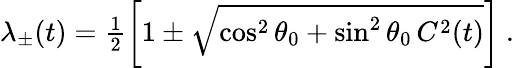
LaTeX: \begin{array}{r}{\lambda_{\pm}(t)=\frac{1}{2}\left[1\pm\sqrt{\cos^{2}\theta_{0}+\sin^{2}\theta_{0}\, C^{2}(t)}\right]\ .}\end{array}